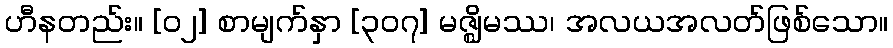
ဟီနတည်း။ [၀၂] စာမျက်နှာ [၃၀၇] မဇ္ဈိမဿ၊ အလယအလတ်ဖြစ်သော။